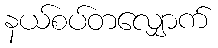
နယ်စပ်တလျှောက်